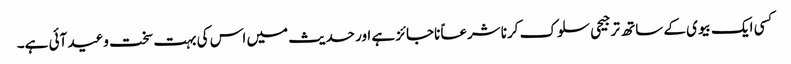
کسی ایک بیوی کے ساتھ ترجیحی سلوک کرنا شرعاً ناجائز ہے اور حدیث میں اس کی بہت سخت وعید آئی ہے۔